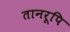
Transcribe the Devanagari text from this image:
तानरूपि